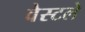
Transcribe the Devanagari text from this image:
वेस्टले